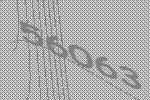
56063